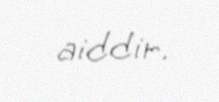
aiddir.